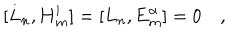
[ L _ { n } , \mathbf { H } _ { m } ^ { i } ] = [ L _ { n } , \mathbf { E } _ { m } ^ { \alpha } ] = 0 \quad ,